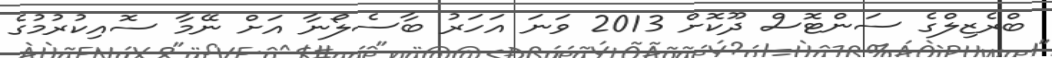
ބްރެޒިލްގެ ސަންޓޮސް ދޫކޮށް 2013 ވަނަ އަހަރު ބާސެލޯނާ އަށް ނޭމާ ސޮއިކުރުމުގެ